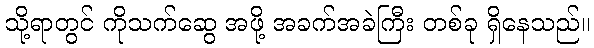
သို့ရာတွင် ကိုသက်ဆွေ အဖို့ အခက်အခဲကြီး တစ်ခု ရှိနေသည်။